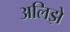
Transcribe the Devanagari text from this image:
अलिझे